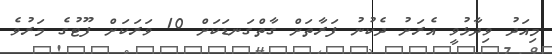
މިއަދު ވިދާޅުވީ އެރަށު ދެކުނު ފަރާތަށް ގާތްގަނޑަކަށް 10 ވަރަކަށް ފޫޓުގެ މަރުވެ